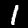
Label: 1